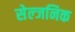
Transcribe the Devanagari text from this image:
सेल्जनिक